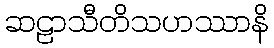
ဆဠာသီတိသဟဿာနိ